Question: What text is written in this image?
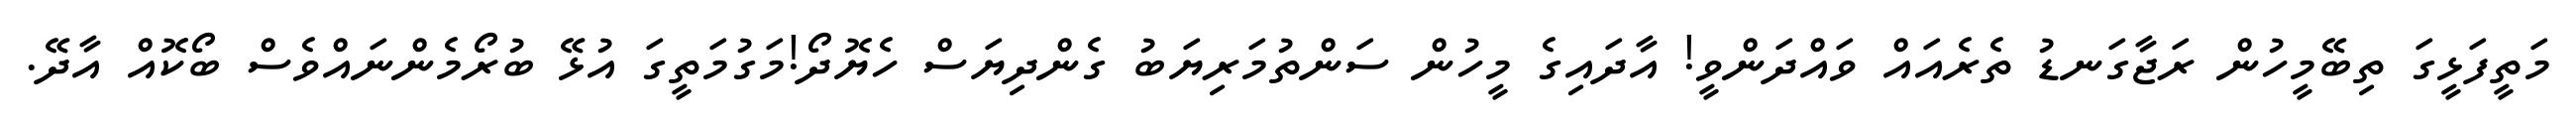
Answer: މަތީފަޅީގަ ތިބޭމީހުން ރަޖާގަނޑު ތެރެއައް ވައްދަންވީ! އާދައިގެ މީހުން ސަންތުމަރިޔަބު ގެންދިޔަސް ހެޔޮދޯ!މަގުމަތީގަ އުޅޭ ބުރޯމެންނައްވެސް ބޯކޮއް އާދޭ.